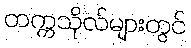
တက္ကသိုလ်များတွင်